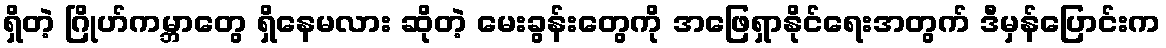
ရှိတဲ့ ဂြိုဟ်ကမ္ဘာတွေ ရှိနေမလား ဆိုတဲ့ မေးခွန်းတွေကို အဖြေရှာနိုင်ရေးအတွက် ဒီမှန်ပြောင်းက